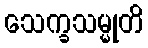
သေက္ခသမ္မုတိ